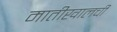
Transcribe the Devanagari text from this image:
मातीखालची